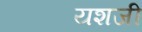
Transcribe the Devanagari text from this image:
यशजी